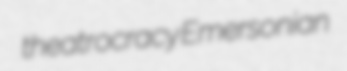
theatrocracy Emersonian